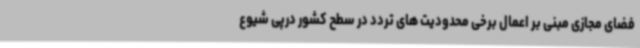
فضای مجازی مبنی بر اعمال برخی محدودیت های تردد در سطح کشور درپی شیوع